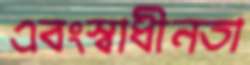
এবংস্বাধীনতা